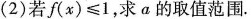
(2)若$$f(x)\leq 1$$，求α的取值范围。